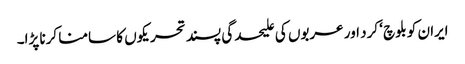
ایران کو بلوچ ‘ کرد اور عربوں کی علیحدگی پسند تحریکوں کا سامنا کرنا پڑا۔